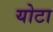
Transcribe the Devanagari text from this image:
योटा